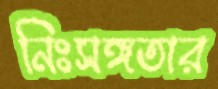
নিঃসঙ্গতার